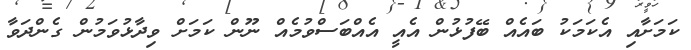
ކަމަށާއި އެކަމަކު ބައެއް ބޭފުޅުން އެއީ އެއްބަސްވުމެއް ނޫން ކަމަށް ވިދާޅުވަމުން ގެންދަވާ